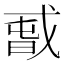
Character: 𰒫